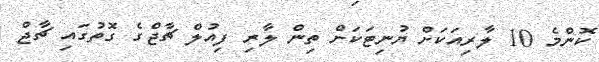
ކޮންމެ 10 ލާރިއަކަށް ޔުނިޓަކަށް ތިން ލާރި ފިއުލް ޗާޖްގެ ގޮތުގައި ޗާޖް